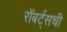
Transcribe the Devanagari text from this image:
रॉबर्ट्सची